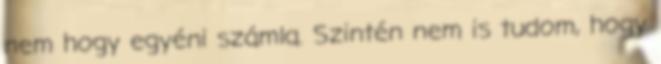
nem hogy egyéni számla. Szintén nem is tudom, hogy